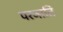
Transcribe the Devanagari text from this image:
परजाति